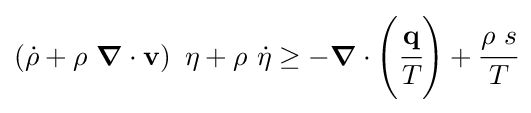
\left({\dot {\rho }}+\rho ~{\boldsymbol {\nabla }}\cdot \mathbf {v} \right)~\eta +\rho ~{\dot {\eta }}\geq -{\boldsymbol {\nabla }}\cdot \left({\cfrac {\mathbf {q} }{T}}\right)+{\cfrac {\rho ~s}{T}}